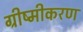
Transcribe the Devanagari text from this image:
ग्रीष्मीकरण